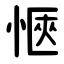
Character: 愜